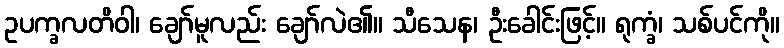
ဥပက္ခလတိဝါ၊ ချော်မူလည်း ချော်လဲ၏။ သီသေန၊ ဦးခေါင်းဖြင့်။ ရုက္ခံ၊ သစ်ပင်ကို။